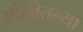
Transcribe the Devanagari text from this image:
आंह्वीतल्या